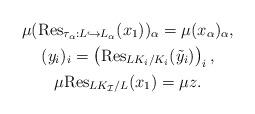
LaTeX: \begin{gather*}\mu (\mathrm{Res}_{\tau_\alpha:L \hookrightarrow L_{\alpha}}(x_1))_{\alpha}=\mu( x_\alpha)_\alpha,\\(y_i)_i=\left(\mathrm{Res}_{LK_i/K_i}(\tilde{y}_i)\right)_i,\\\mu\mathrm{Res}_{LK_{\mathcal{I}}/L}( x_1)=\mu z.\end{gather*}